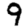
Digit: 9